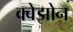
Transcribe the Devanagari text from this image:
क्वेझोन